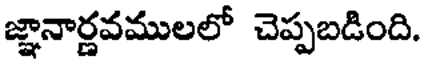
జ్ఞానార్ణవములలో చెప్పబడింది.